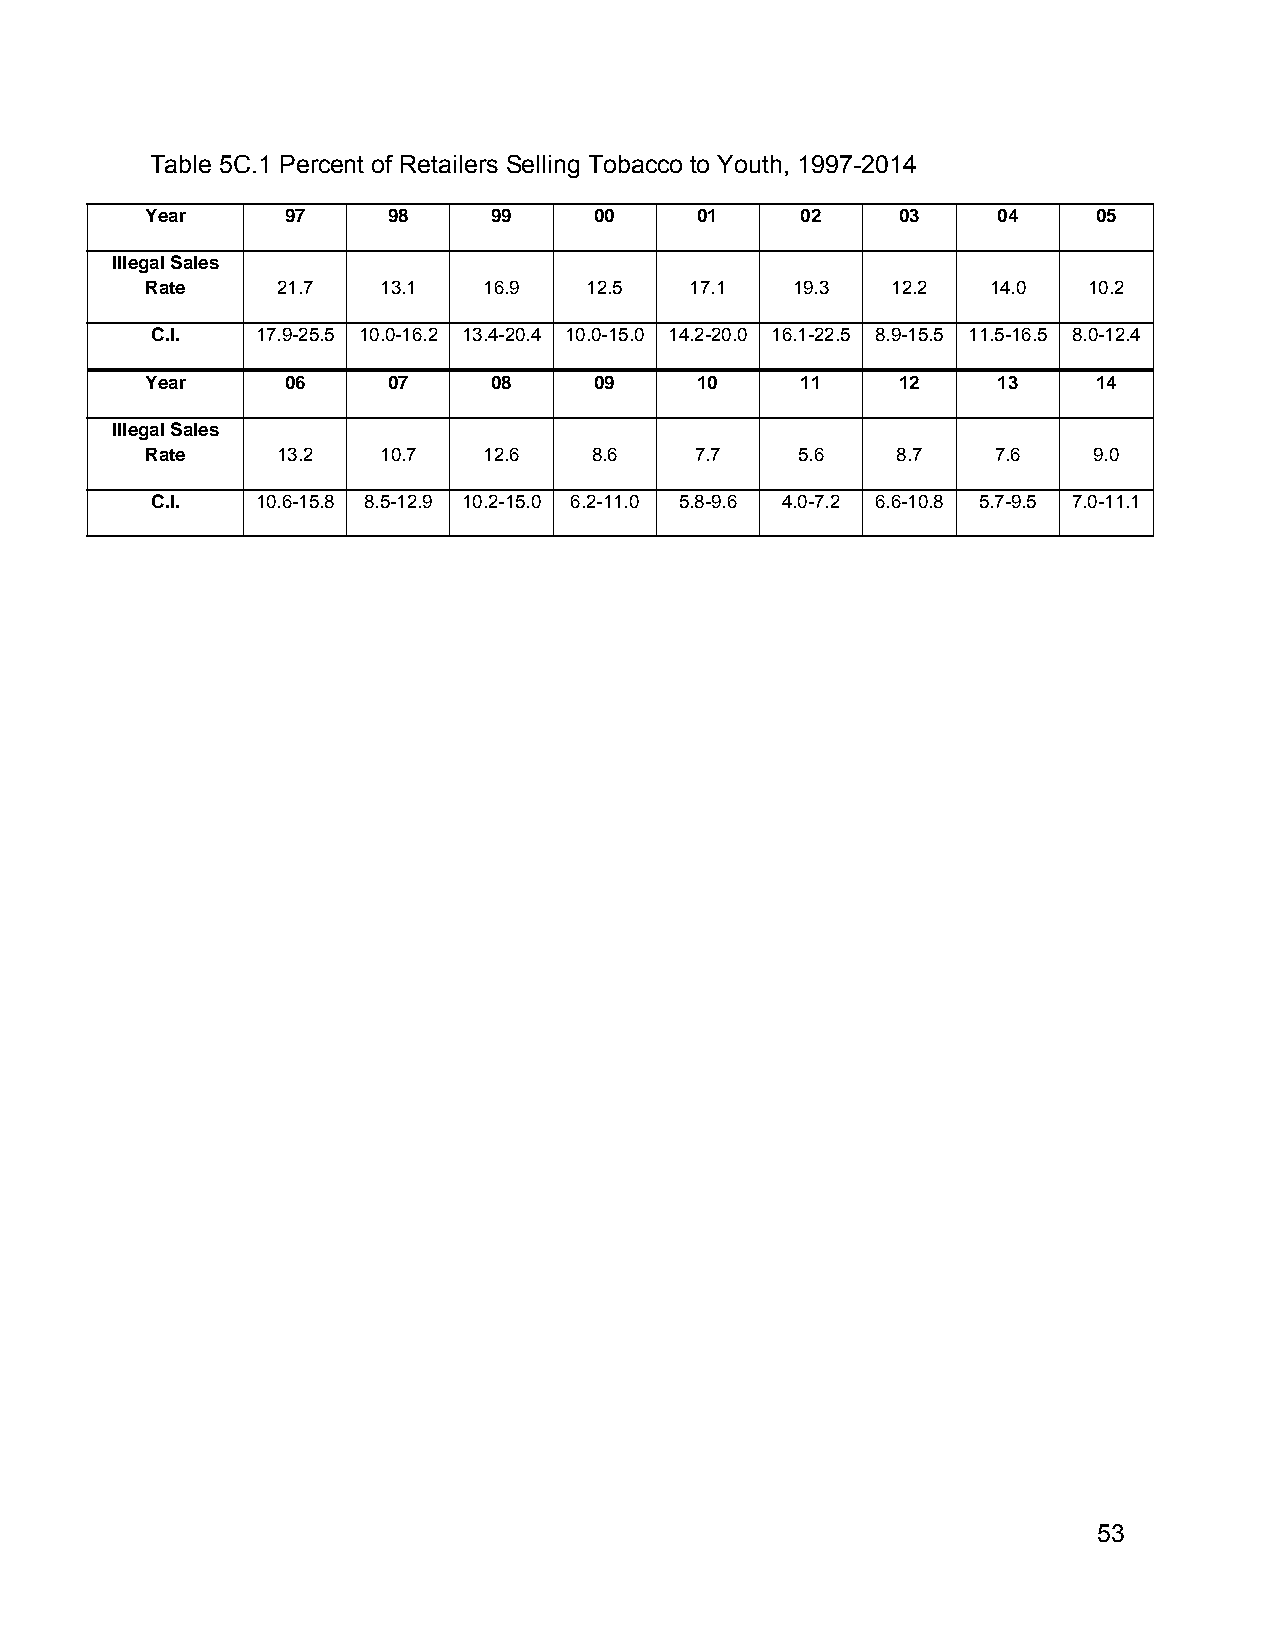
Table 5C.1 Percent of Retailers Selling Tobacco to Youth, 1997-2014
 Year     97     98     99    00     01     02     03    04     05
 Illegal Sales
 Rate    21.7   13.1   16.9   12.5   17.1  19.3   12.2   14.0  10.2
 C.I.   17.9-25.5 10.0-16.2 13.4-20.4 10.0-15.0 14.2-20.0 16.1-22.5 8.9-15.5 11.5-16.5 8.0-12.4
 Year     06     07     08    09     10     11     12    13     14
 Illegal Sales
 Rate    13.2   10.7   12.6   8.6    7.7    5.6   8.7    7.6   9.0
 C.I.   10.6-15.8 8.5-12.9 10.2-15.0 6.2-11.0 5.8-9.6 4.0-7.2 6.6-10.8 5.7-9.5 7.0-11.1
 53